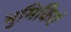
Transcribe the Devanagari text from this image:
भुमिकिएं